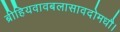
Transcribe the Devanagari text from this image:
ब्रीहियवावबलासावदोमधौ।